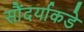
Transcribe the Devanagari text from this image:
सौंदर्याकडे